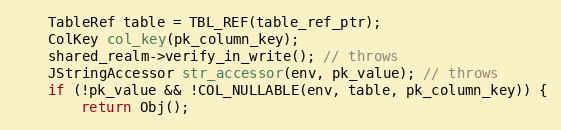
Language: C++
    TableRef table = TBL_REF(table_ref_ptr);
    ColKey col_key(pk_column_key);
    shared_realm->verify_in_write(); // throws
    JStringAccessor str_accessor(env, pk_value); // throws
    if (!pk_value && !COL_NULLABLE(env, table, pk_column_key)) {
        return Obj();